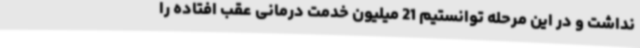
نداشت و در این مرحله توانستیم 21 میلیون خدمت درمانی عقب افتاده را